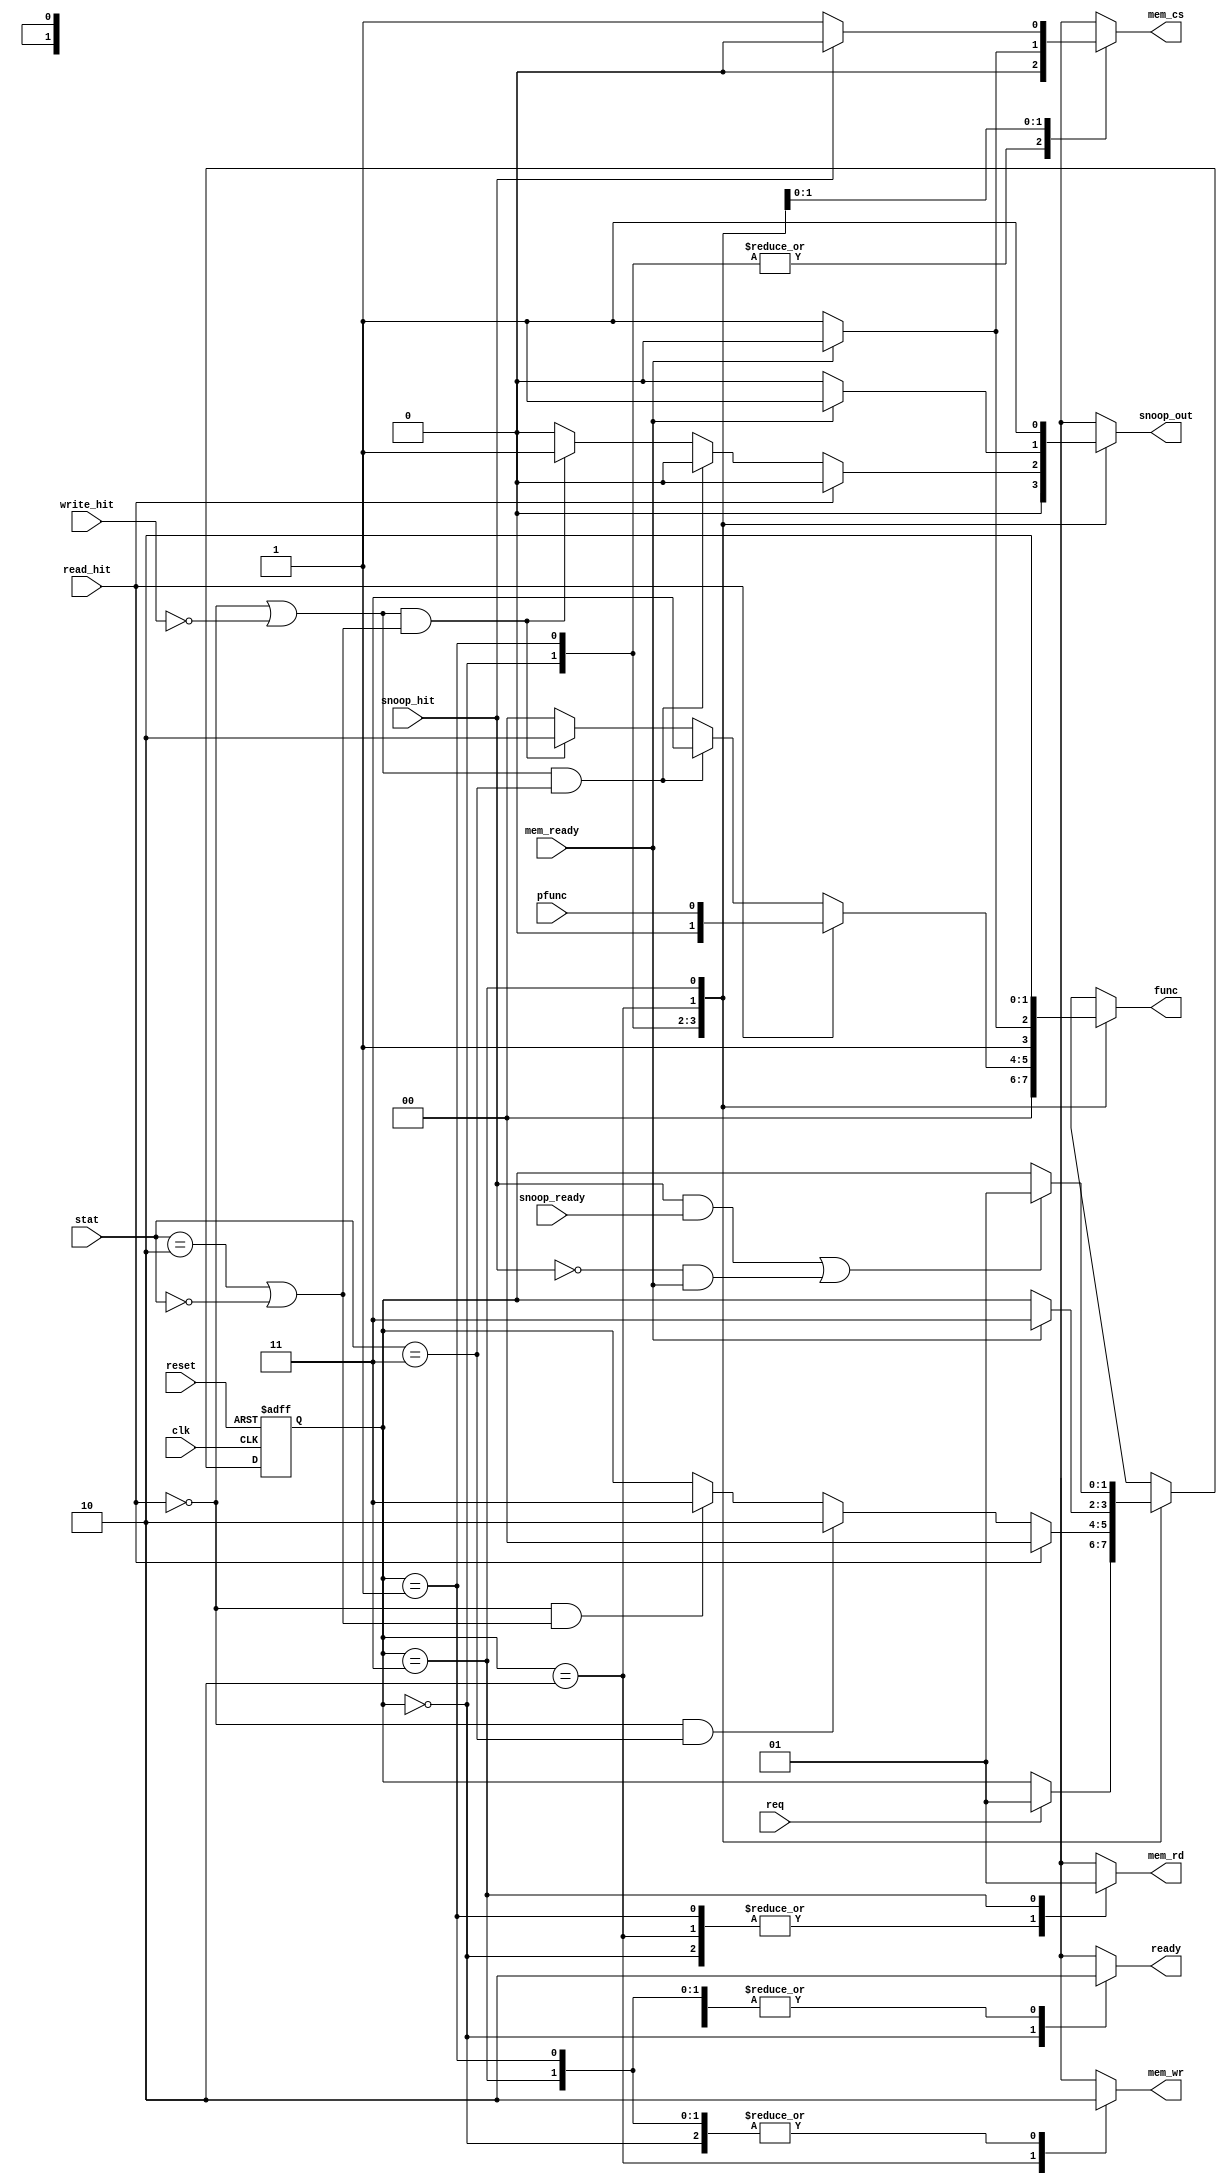
module cache_controller(
    input reset, read_hit, write_hit, clk, req, pfunc, mem_ready, snoop_ready, snoop_hit,
	 input [1:0] stat,
	 
    output reg ready, mem_rd, mem_wr, mem_cs, snoop_out, 
	 output reg [1:0] func
    );
	 
	  
	                              //      DATA       |       ADDR      
	 parameter p_read  = 2'b00,   // cache -> prcsr  |  prcsr -> cache   (Processor Read)
	           p_write = 2'b01,   // prcsr -> cache  |  prcsr -> cache   (Processor Write)
				  b_read  = 2'b10,   // bus   -> cache  |  cache -> bus     (Bus Read)
				  b_write = 2'b11;   // cache -> bus    |  cache -> bus     (Write Back)
				  
	 parameter excl = 2'b11,      // Exclusive State
	           shrd = 2'b10,      // Shared State
				  invl = 2'b00;      // Invalid State
	 
	 parameter S0 = 3'b00,
	           S1 = 3'b01,
				  S2 = 3'b10,
				  S3 = 3'b11;
	 
	 reg [1:0]  state, next_state;		  
	 
    always @(posedge clk, negedge reset)
    begin
      if (~reset)
		  state <= S0;
		else
		  state <= next_state;
	 end
	 
	 
	 always @(state, reset, req, read_hit, write_hit, pfunc, mem_ready, snoop_ready, snoop_hit, stat)
	 begin
	   next_state = state;
	   case(state)   
					  
		  S0      :  if (req)  next_state = S1; 
					  
		  S1      :  begin
		               if      (read_hit)                              next_state = S0;
						   else if (!read_hit && (stat==excl))             next_state = S2;
						   else if (!read_hit && (stat==shrd||stat==invl)) next_state = S3;
					    end
					  
		  S2      :  if (mem_ready) next_state = S3;
		        
		  S3      :  if ((snoop_hit && snoop_ready) || (!snoop_hit && mem_ready)) next_state = S1;
		
	   endcase
	 end
	 
	 
	 
	 always @(state, read_hit, write_hit, pfunc, mem_ready, snoop_hit, stat)
	 begin
	
	   ready       = 0;
		mem_rd      = 0;
		mem_wr      = 0; 
		mem_cs      = 0;
		snoop_out   = 0;
		func        = 2'b00;
		
	   case(state) 
		  S0  :  ready = 1;
		  
		  S1  :  begin
		           if (read_hit)
                 begin
					    func = pfunc;
					  end
					  else if ((!read_hit||!write_hit) && (stat==excl))             func = b_write;
					  else if ((!read_hit||!write_hit) && (stat==shrd||stat==invl)) begin func = b_read; snoop_out = 1; end
				   end				  
		  
		  S2  :  begin
		           func = b_write;
					  mem_wr = 1;
					  if (!mem_ready) 
					    mem_cs = 1;
					  else if (mem_ready) 
					  begin
					    func      = b_read;
					    snoop_out = 1;
					  end
					end
		  
		  S3  :  begin
		           func      = b_read;
                 mem_rd    = 1;
					  mem_cs    = 1; 
                 snoop_out = 1;	
                 if (snoop_hit) mem_cs = 0;					  
					end
	   endcase
	 end
     		
endmodule